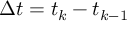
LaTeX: \Delta t = t _ { k } - t _ { k - 1 }